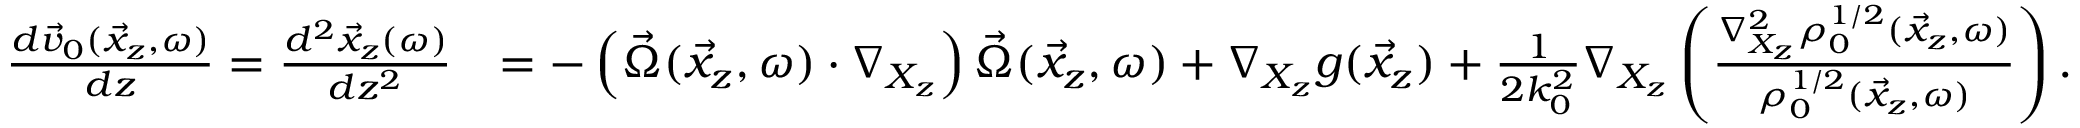
\begin{array} { r l } { \frac { d \vec { v } _ { 0 } ( \vec { x } _ { z } , \omega ) } { d z } = \frac { d ^ { 2 } \vec { x } _ { z } ( \omega ) } { d z ^ { 2 } } } & { = - \left( \vec { \Omega } ( \vec { x } _ { z } , \omega ) \cdot \nabla _ { X _ { z } } \right) \vec { \Omega } ( \vec { x } _ { z } , \omega ) + \nabla _ { X _ { z } } g ( \vec { x } _ { z } ) + \frac { 1 } { 2 k _ { 0 } ^ { 2 } } \nabla _ { X _ { z } } \left( \frac { \nabla _ { X _ { z } } ^ { 2 } \rho _ { 0 } ^ { 1 / 2 } ( \vec { x } _ { z } , \omega ) } { \rho _ { 0 } ^ { 1 / 2 } ( \vec { x } _ { z } , \omega ) } \right) . } \end{array}